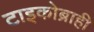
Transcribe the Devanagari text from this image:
टाइकोब्राही